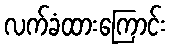
လက်ခံထားကြောင်း